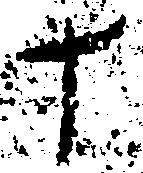
十